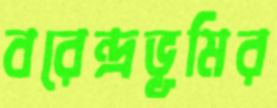
বরেন্দ্রভূমির